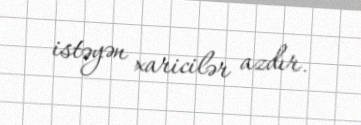
istəyən xaricilər azdır.